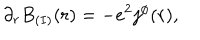
LaTeX: \partial _ { r } B _ { ( I ) } ( r ) = - e ^ { 2 } j ^ { \phi } ( r ) ,